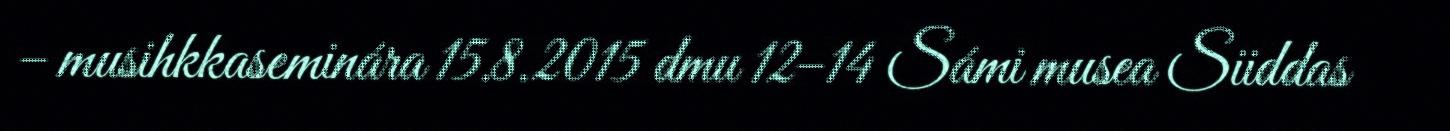
– musihkkaseminára 15.8.2015 dmu 12–14 Sámi musea Siiddas